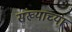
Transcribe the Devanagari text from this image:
संख्याच्या